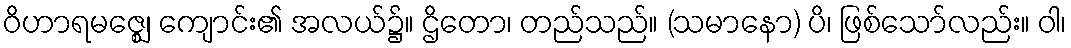
ဝိဟာရမဇ္ဈေ၊ ကျောင်း၏ အလယ်၌။ ဌိတော၊ တည်သည်။ (သမာနော) ပိ၊ ဖြစ်သော်လည်း။ ဝါ၊